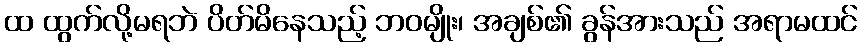
ထ ထွက်လို့မရဘဲ ပိတ်မိနေသည့် ဘဝမျိုး၊ အချစ်၏ ခွန်အားသည် အရာမထင်